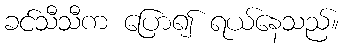
ခင်သီသီက ပြော၍ ရယ်နေသည်။